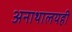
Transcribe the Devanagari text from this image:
अनाथालयही